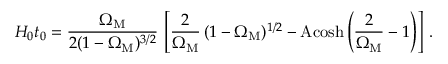
H _ { 0 } t _ { 0 } = \frac { \Omega _ { \mathrm { M } } } { 2 ( 1 - \Omega _ { \mathrm { M } } ) ^ { 3 / 2 } } \, \left[ \frac { 2 } { \Omega _ { \mathrm { M } } } \, ( 1 - \Omega _ { \mathrm { M } } ) ^ { 1 / 2 } - \mathrm { A c o s h } \left( \frac { 2 } { \Omega _ { \mathrm { M } } } - 1 \right) \right] \, .